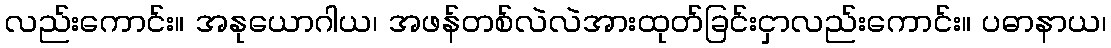
လည်းကောင်း။ အနုယောဂါယ၊ အဖန်တစ်လဲလဲအားထုတ်ခြင်းငှာလည်းကောင်း။ ပဓာနာယ၊